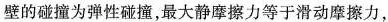
l=6.5m，已知滑块与长木板、长木板与地面间的动摩